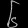
Digit: ၆